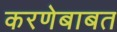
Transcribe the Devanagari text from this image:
करणेबाबत